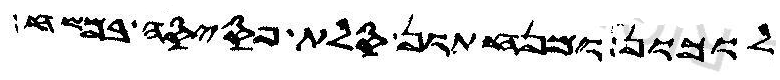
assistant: לוכון ומנחתון סלת פסיסה במשח